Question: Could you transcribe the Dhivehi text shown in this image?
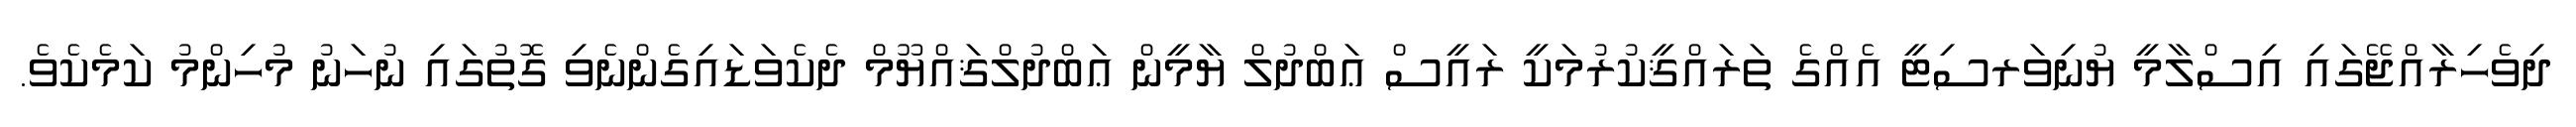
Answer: ދިވެހިރާއްޖޭގައި އިސްލާމީ ޔުނިވަރސިޓީ އެއްގެ ތަރައްޤީކުރުމަކީ ރައީސް ޢަބްދުލް ޔާމީން ޢަބްދުލްޤައްޔޫމް ދެކެވަޑައިގެންނެވި ގޮތުގައި ނުހަނު މުހިންމު ކަމެކެވެ.